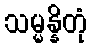
သမ္မန္နိတုံ